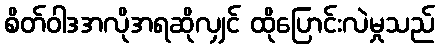
စိတ်ဝါဒအလိုအရဆိုလျှင် ထိုပြောင်းလဲမှုသည်